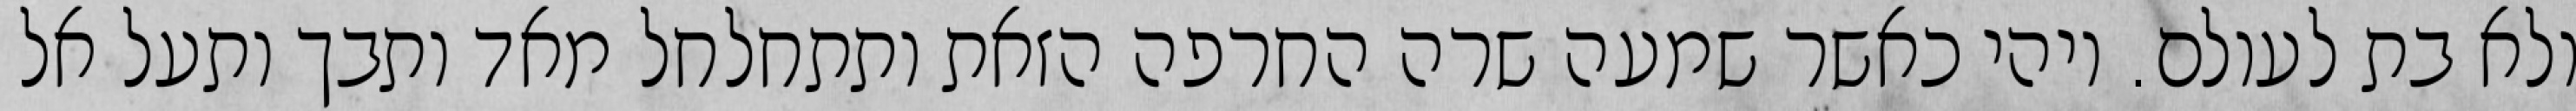
ולא בת לעולם. ויהי כאשר שמעה שרה החרפה הזאת ותתחלחל מאד ותבך ותעל אל